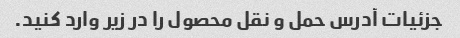
جزئیات آدرس حمل و نقل محصول را در زیر وارد کنید.